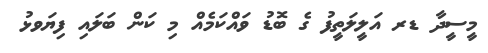
މީސީދާ ޑރ އަލީލަތީފު ގެ ބޮޑު ވައްކަމެއް މި ކަން ބަލައި ފިޔަވޅުު